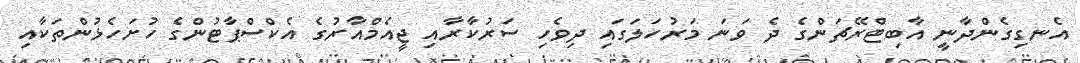
އެނގިގެންދާނީ އާބިޓްރޭޗަންގެ ދެ ވަނަ މަރުހަލަގައި ދިވެހި ސަރުކާރާއި ޖީއެމްއާރުގެ އެކްސްޕާޓުންގެ ހުށަހެޅުންތަކާއި